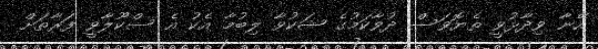
އޭނާ ވިދާޅުވީ ތެޔޮވަސް ދުވާކަމުގެ ޝަކުވާ ލިބުމާ އެކު އެ ސްކޫލާވީ ފަރާތަށް